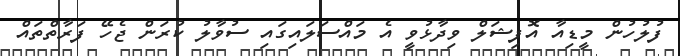
ފުލުހުން މީޑިއާ އޮފިޝަލް ވިދާޅުވީ އެ މައްސަލައިގައި ސުވާލު ކުރަން ޖެހޭ ފަރާތްތައް